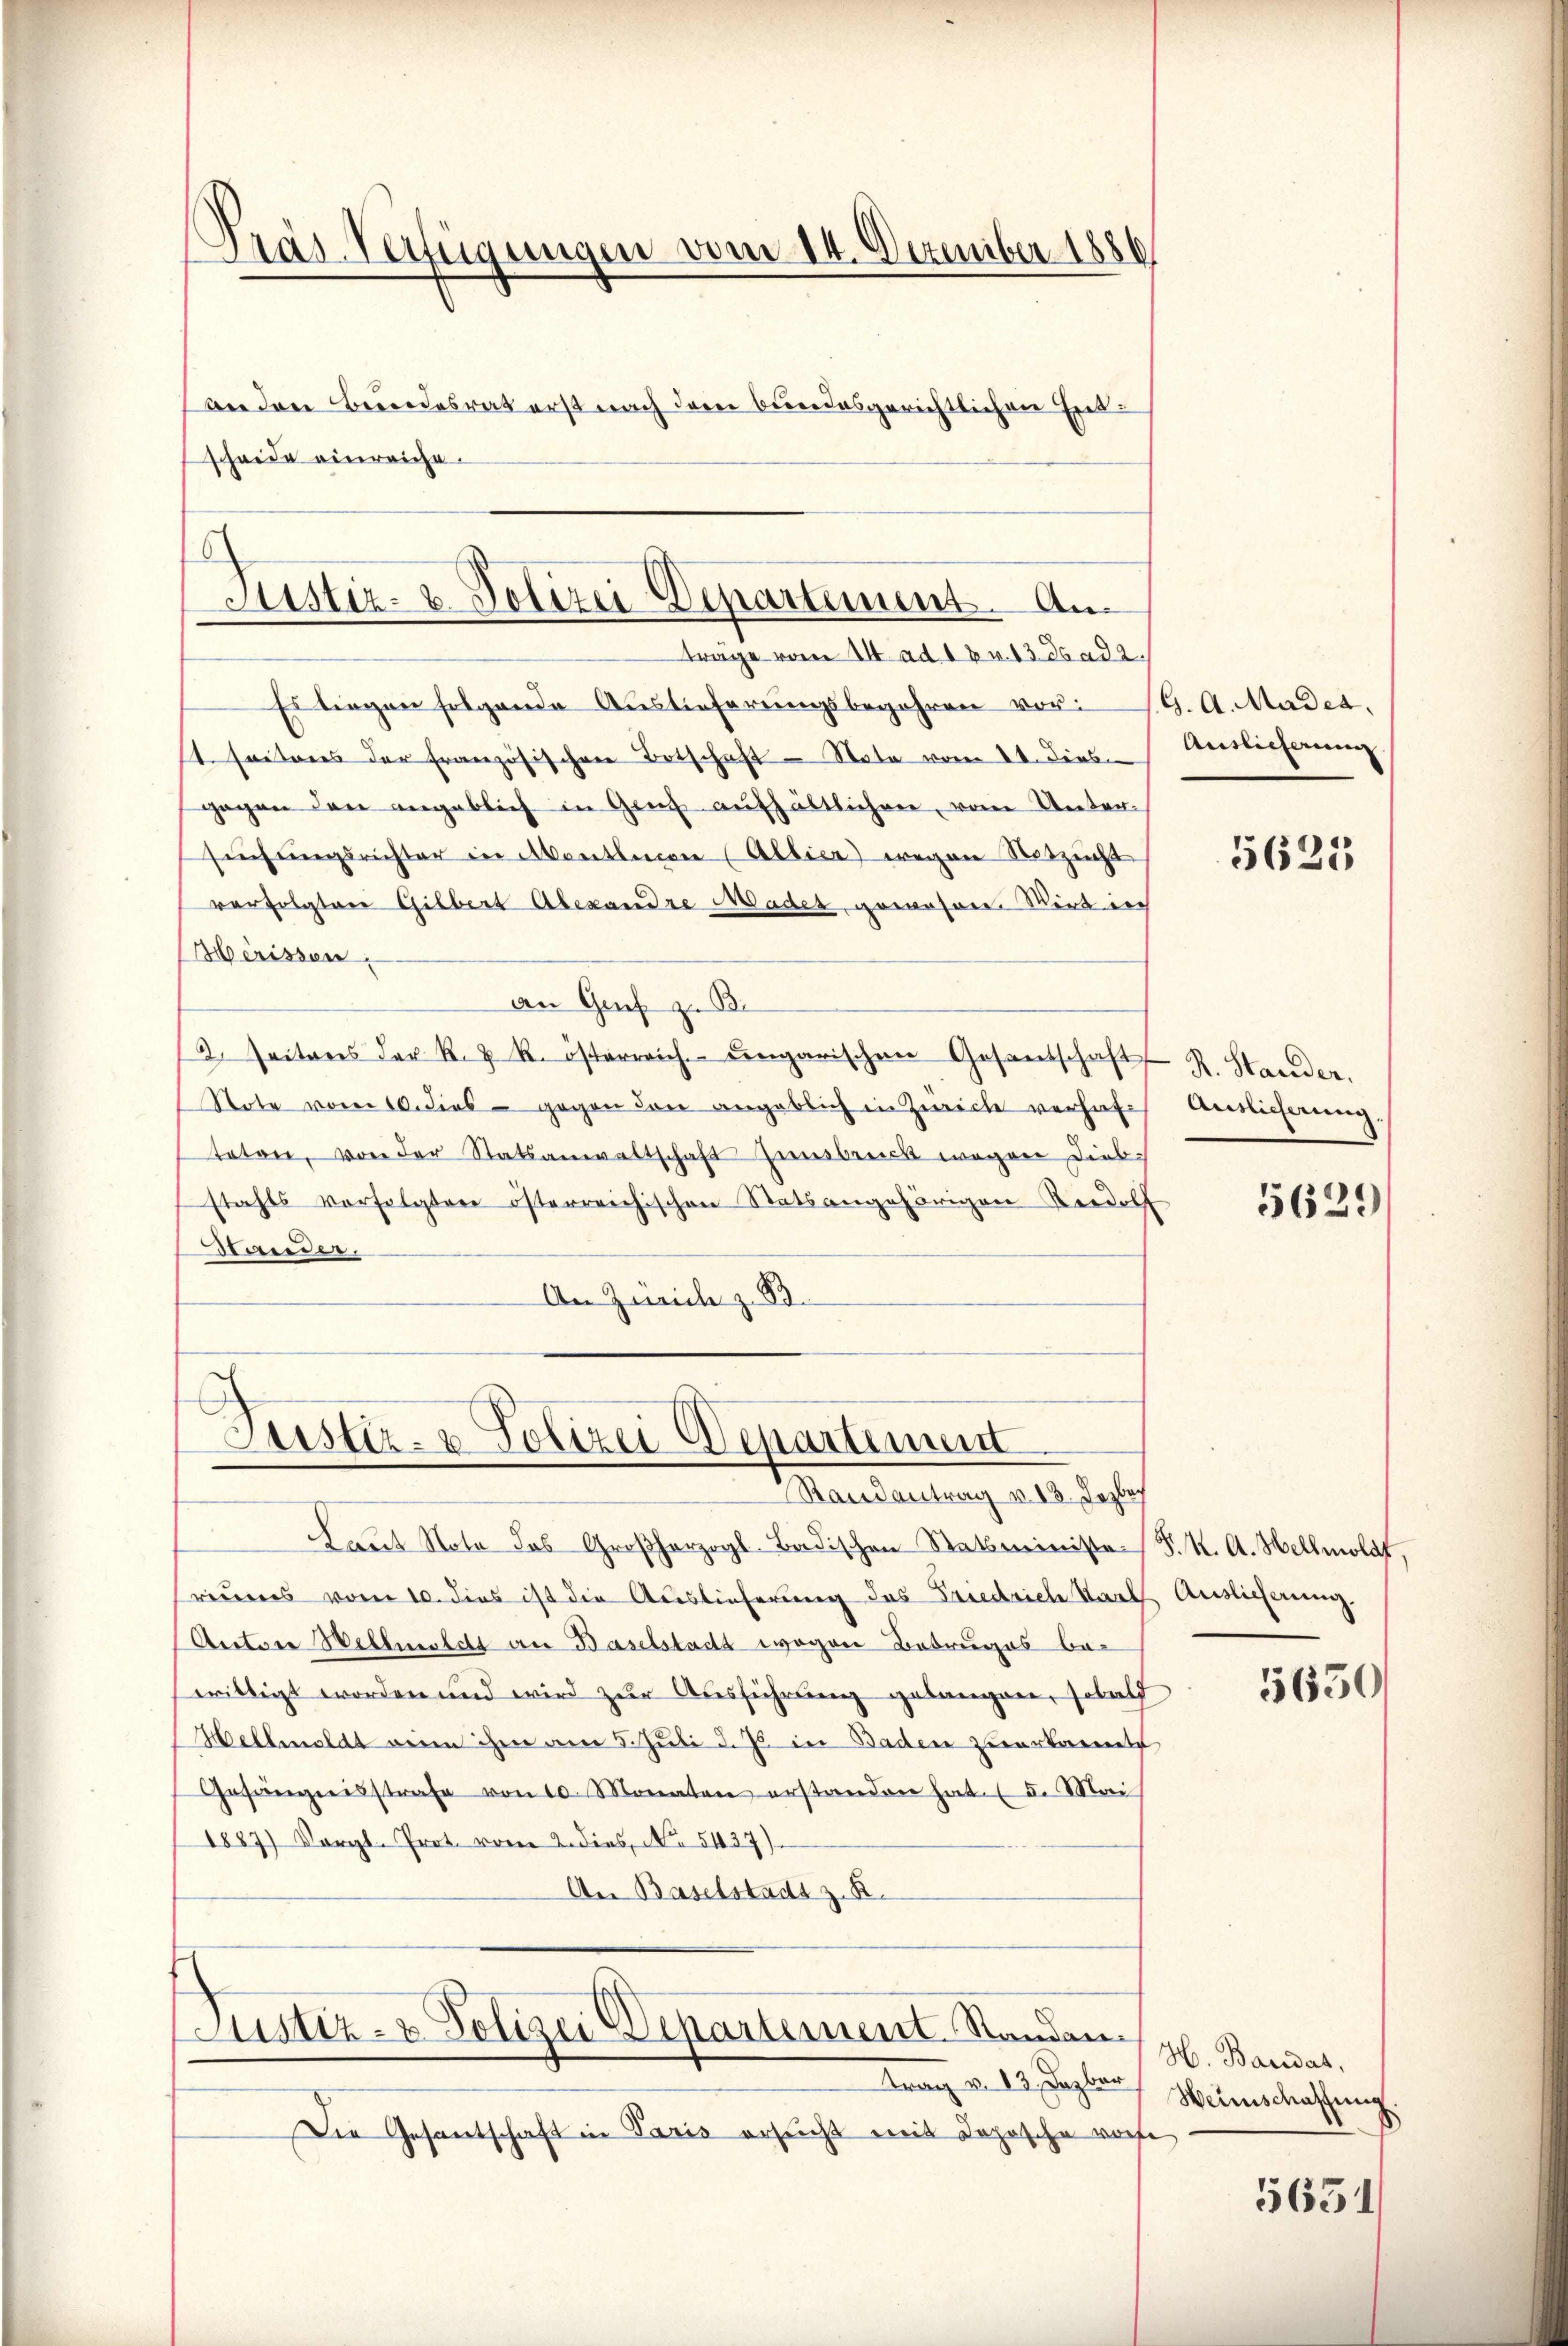
trage vom 24. ad 1 pr. 13. ds ad a.
Es liegen folgende Auslieferŭngsbegehren vor G. A. Madet.
1. Seiteres der Französischen Totschaft — Note vom 11. Dies
gegen den angeblich in Genf aufhältlichen, vom Unter-
suchungsrichter in Montheien (Albier) wegen Notzeicht
verfolgten Gilbert Alexandre Mader, gewahren. Wirt in
Merissen.
an Genf z. B.
2. Seitens der R. Z. k. österreich engarischen Gesantschaft
Note vom 10. dies - gegen den angeblich in Zwicke verhaftoton, von der Statsanwaltschaft Innsbruck wegen diesstahls verfolgten österreichischen Statsangehörigen Rordolf
Stander.
An Zürich z. B.

Laut Nota das Großherzogl-Badischen Statsministe S. K. A. Hellmoldt,
reueres vom 10. dies ist die Auslieferung des Friedrich Nach Auslicherung.
Anton Wellmeldt an Baselstadt wegen Betruges bewilligt worden und wird zur Ausführung gelangen, sobald
Hellmeldt wenn ihm am 5. Juli d. Js. in Baden zuerkannte
Gesängnisstrafe von 10. Monaten erstanden hat. (I. Mai
1887) Vorgl. Prot. vom 2. dies, No. 5437)
An Baselstadt z. B.

.
Pras-Verfügungen vom 14. Dezember 1886
anden Bundesrat erst nach dem bundesgerichtlichen Entscheide einreiche.

Justiz- & Polizei-Departement. An

Justiz- & Polizei Departinum
Randantrag v. 13. Dezboch

Justiz- & Polizei Departement. Standen.

Auslieferung

trag v. 13. Jagbar
Die Gesantschaft in Paris ersucht mit Dopische woche

5625

R. Stander.
Auslicherung.

5629

5630/

H. Bandas,
Weinschaffung

5631